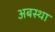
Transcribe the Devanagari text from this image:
अबस्था